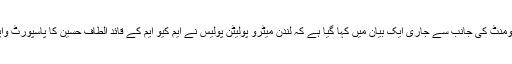
متحدہ قومی موومنٹ کی جانب سے جاری ایک بیان میں کہا گیا ہے کہ لندن میٹرو پولیٹن پولیس نے ایم کیو ایم کے قائد الطاف حسین کا پاسپورٹ واپس کر دیا ہے۔